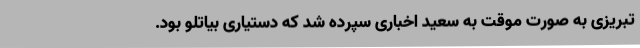
تبریزی به صورت موقت به سعید اخباری سپرده شد که دستیاری بیاتلو بود.